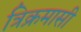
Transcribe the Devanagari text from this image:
त्रिक्रमासी